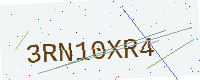
Text: 3RN10XR4